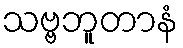
သဗ္ဗဘူတာနံ